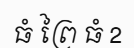
ធំ ព្រៃ ធំ 2